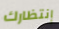
إنتظارك